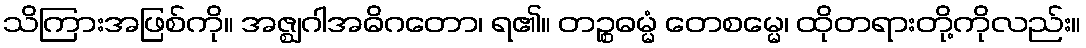
သိကြားအဖြစ်ကို။ အဇ္ဈဂါအဓိဂတော၊ ရ၏။ တဉ္စဓမ္မံ တေစမ္မေ၊ ထိုတရားတို့ကိုလည်း။